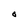
Character: O